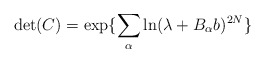
\begin{align*}\det(C)= \exp \{ \sum_{\alpha} \ln( \lambda+B_{\alpha}b)^{2N} \} \end{align*}